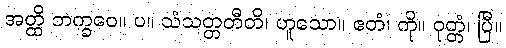
အတ္ထိ ဘက္ခဝေ။ ပ။ သံသတ္တတီတိ၊ ဟူသော။ ဧတံ၊ ကို။ ဝုတ္တံ၊ ပြီ။